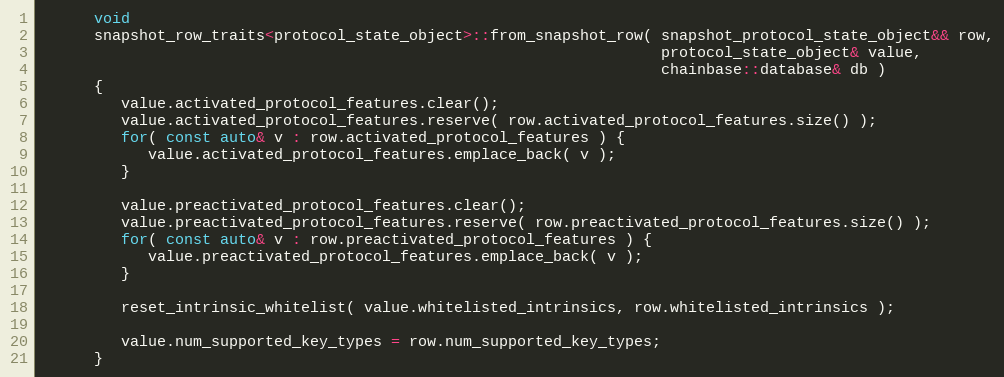
Language: C++
      void
      snapshot_row_traits<protocol_state_object>::from_snapshot_row( snapshot_protocol_state_object&& row,
                                                                     protocol_state_object& value,
                                                                     chainbase::database& db )
      {
         value.activated_protocol_features.clear();
         value.activated_protocol_features.reserve( row.activated_protocol_features.size() );
         for( const auto& v : row.activated_protocol_features ) {
            value.activated_protocol_features.emplace_back( v );
         }

         value.preactivated_protocol_features.clear();
         value.preactivated_protocol_features.reserve( row.preactivated_protocol_features.size() );
         for( const auto& v : row.preactivated_protocol_features ) {
            value.preactivated_protocol_features.emplace_back( v );
         }

         reset_intrinsic_whitelist( value.whitelisted_intrinsics, row.whitelisted_intrinsics );

         value.num_supported_key_types = row.num_supported_key_types;
      }